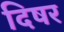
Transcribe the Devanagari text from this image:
दिषर